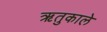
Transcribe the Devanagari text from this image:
ऋतुकाले